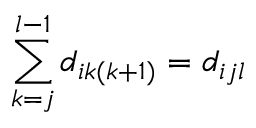
\sum _ { k = j } ^ { l - 1 } d _ { i k ( k + 1 ) } = d _ { i j l }